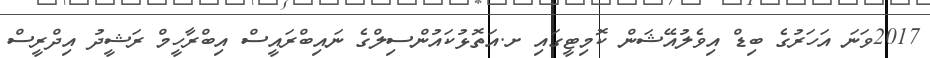
2017ވަނަ އަހަރުގެ ބިޑް އިވެލުއޭޝަން ކޮމިޓީގައި ށ.އަތޮޅުކައުންސިލްގެ ނައިބްރައީސް އިބްރާހީމް ރަޝީދު އިދްރީސް